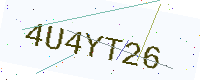
Text: 4U4YT26